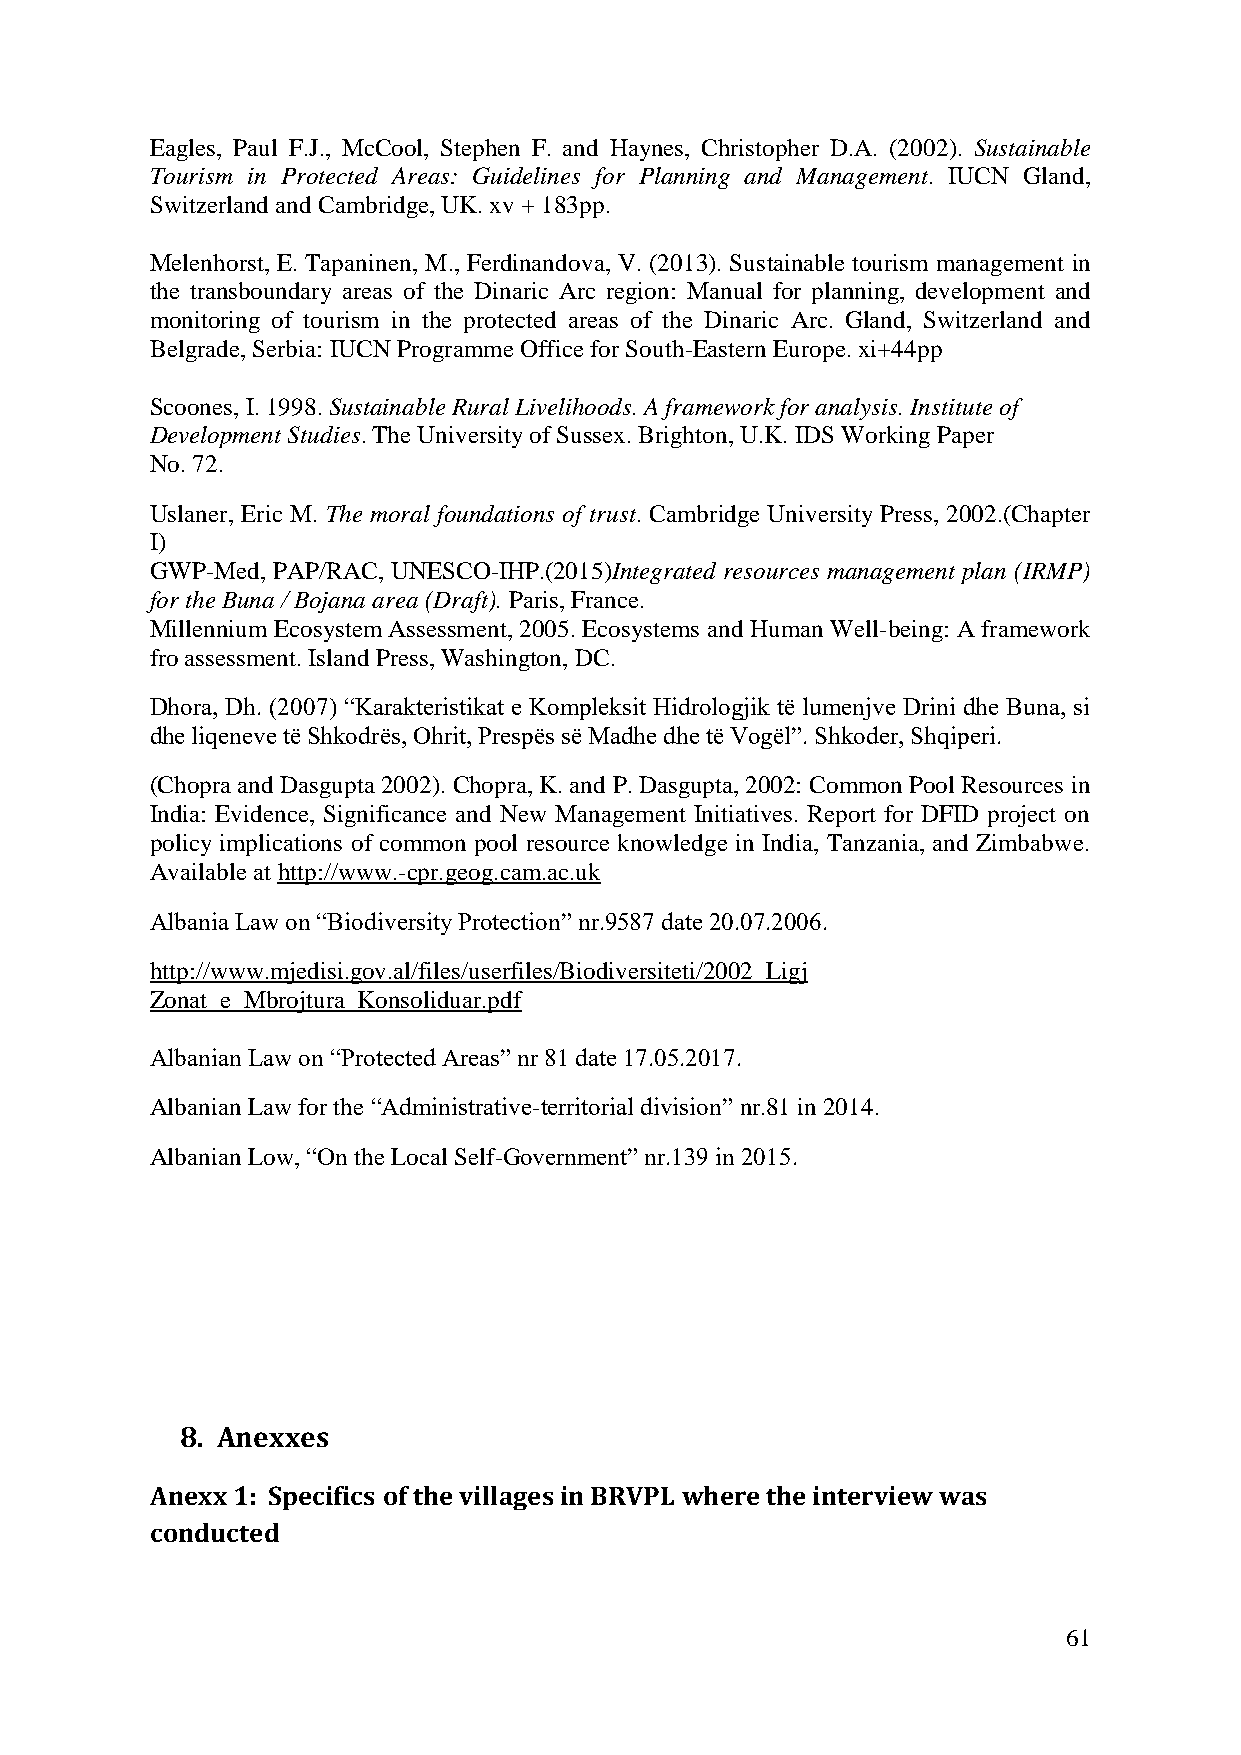
Eagles, Paul F.J., McCool, Stephen F. and Haynes, Christopher D.A. (2002). Sustainable
 Tourism in Protected Areas: Guidelines for Planning and Management. IUCN Gland,
 Switzerland and Cambridge, UK. xv + 183pp.
 Melenhorst, E. Tapaninen, M., Ferdinandova, V. (2013). Sustainable tourism management in
 the transboundary areas of the Dinaric Arc region: Manual for planning, development and
 monitoring of tourism in the protected areas of the Dinaric Arc. Gland, Switzerland and
 Belgrade, Serbia: IUCN Programme Office for South-Eastern Europe. xi+44pp
 Scoones, I. 1998. Sustainable Rural Livelihoods. A framework for analysis. Institute of
 Development Studies. The University of Sussex. Brighton, U.K. IDS Working Paper
 No. 72.
 Uslaner, Eric M. The moral foundations of trust. Cambridge University Press, 2002.(Chapter
 I)
 GWP-Med, PAP/RAC, UNESCO-IHP.(2015)Integrated resources management plan (IRMP)
 for the Buna / Bojana area (Draft). Paris, France.
 Millennium Ecosystem Assessment, 2005. Ecosystems and Human Well-being: A framework
 fro assessment. Island Press, Washington, DC.
 Dhora, Dh. (2007) “Karakteristikat e Kompleksit Hidrologjik të lumenjve Drini dhe Buna, si
 dhe liqeneve të Shkodrës, Ohrit, Prespës së Madhe dhe të Vogël”. Shkoder, Shqiperi.
 (Chopra and Dasgupta 2002). Chopra, K. and P. Dasgupta, 2002: Common Pool Resources in
 India: Evidence, Significance and New Management Initiatives. Report for DFID project on
 policy implications of common pool resource knowledge in India, Tanzania, and Zimbabwe.
 Available at http://www.-cpr.geog.cam.ac.uk
 Albania Law on “Biodiversity Protection” nr.9587 date 20.07.2006.
 http://www.mjedisi.gov.al/files/userfiles/Biodiversiteti/2002_Ligj
 Zonat_e_Mbrojtura_Konsoliduar.pdf
 Albanian Law on “Protected Areas” nr 81 date 17.05.2017.
 Albanian Law for the “Administrative-territorial division” nr.81 in 2014.
 Albanian Low, “On the Local Self-Government” nr.139 in 2015.
 8. Anexxes
 Anexx 1: Specifics of the villages in BRVPL where the interview was
 conducted
 61